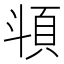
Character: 𩑯